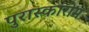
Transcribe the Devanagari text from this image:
पुरास्कारोम